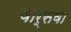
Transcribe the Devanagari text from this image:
वार्सवा